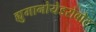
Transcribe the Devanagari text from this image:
ह्युमानोयेडरोबोट